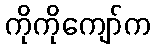
ကိုကိုကျော်က